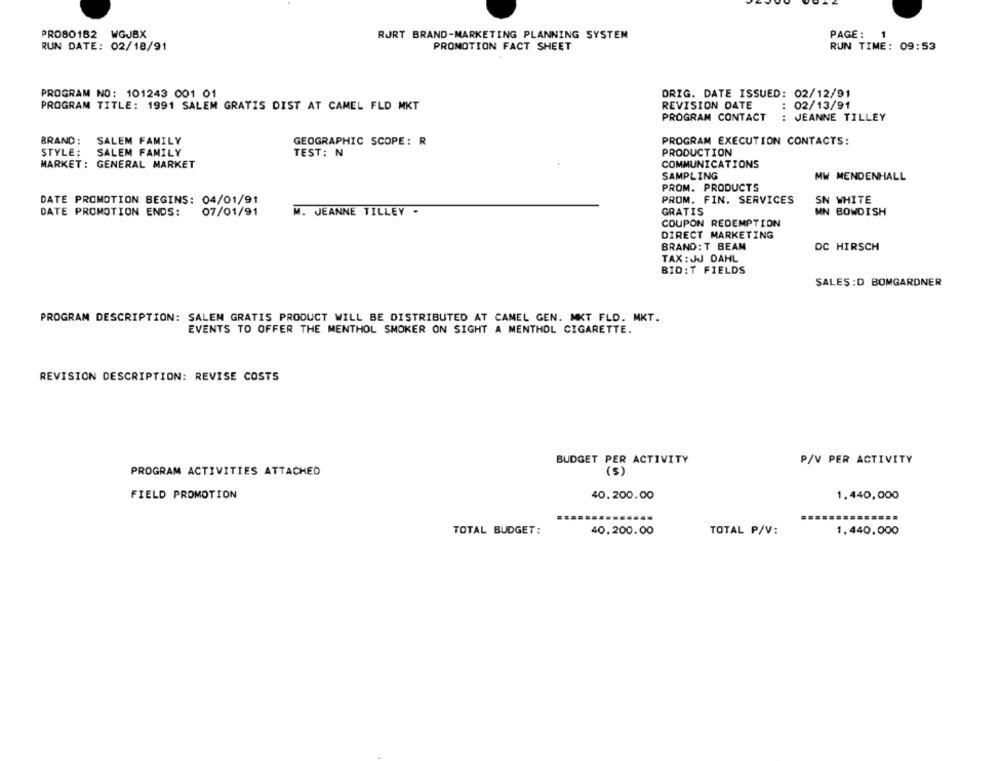
PRO80182 WGJBX
RJRT BRAND-MARKETING PLANNING SYSTEM
PAGE:
1
RUN TIME: 09:53
RUN DATE: 02/18/91
PROMOTION FACT SHEET
PROGRAM NO: 101243 001 01
ORIG. DATE ISSUED: 02/12/91
PROGRAM TITLE: 1991 SALEM GRATIS DIST AT CAMEL FLD MKT
REVISION DATE
: 02/13/91
PROGRAM CONTACT
: JEANNE TILLEY
BRAND :
SALEM FAMILY
GEOGRAPHIC SCOPE: R
PROGRAM EXECUTION CONTACTS:
STYLE:
SALEM FAMILY
TEST: N
PRODUCTION
MARKET: GENERAL MARKET
COMMUNICATIONS
SAMPLING
MW MENDENHALL
PROM. PRODUCTS
DATE PROMOTION BEGINS: 04/01/91
PROM. FIN. SERVICES
SN WHITE
DATE PROMOTION ENDS:
07/01/91
M. JEANNE TILLEY -
GRATIS
MN BOWDISH
COUPON REDEMPTION
DIRECT MARKETING
BRAND: T BEAM
DC HIRSCH
TAX : JJ DAHL
BID:T FIELDS
SALES :D BOMGARDNER
PROGRAM DESCRIPTION: SALEN GRATIS PRODUCT WILL BE DISTRIBUTED AT CAMEL GEN. MKT FLD. MKT.
EVENTS TO OFFER THE MENTHOL SMOKER ON SIGHT A MENTHOL CIGARETTE.
REVISION DESCRIPTION: REVISE COSTS
BUDGET PER ACTIVITY
P/V PER ACTIVITY
PROGRAM ACTIVITIES ATTACHED
FIELD PROMOTION
40.200.00
1.440,000
TOTAL BUDGET:
40.200.00
TOTAL P/V:
1.440,000